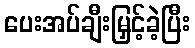
ပေးအပ်ချီးမြှင့်ခဲ့ပြီး